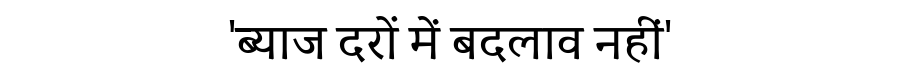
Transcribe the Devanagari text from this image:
'ब्याज दरों में बदलाव नहीं'